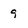
Character: 9